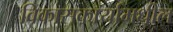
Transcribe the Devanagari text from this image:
विकासकार्यामधील